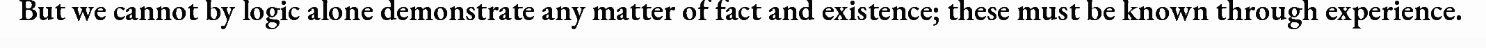
But we cannot by logic alone demonstrate any matter of fact and existence; these must be known through experience.